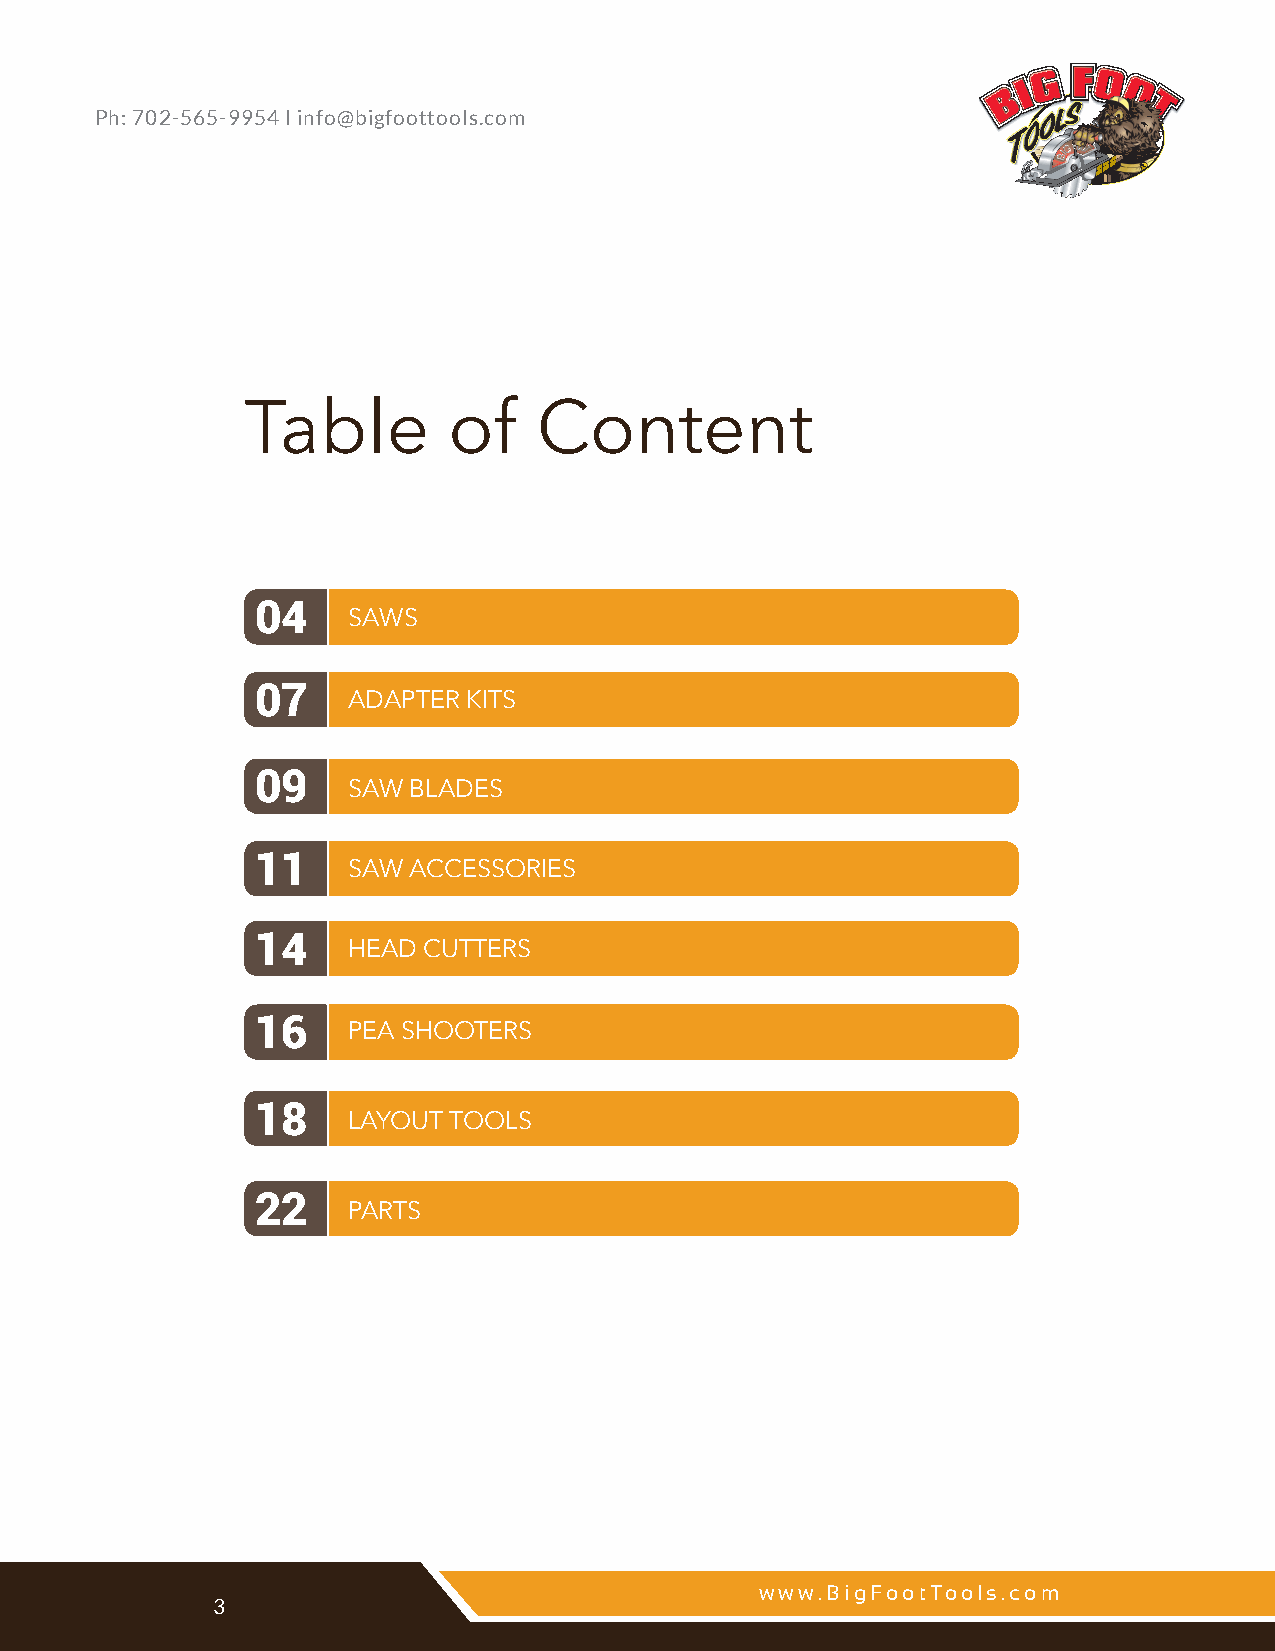
Ph: 702-565-9954 I info@bigfoottools.com
 Table         of    Content
 04
 SAWS
 07
 ADAPTER KITS
 09
 SAW BLADES
 11
 SAW ACCESSORIES
 14
 HEAD CUTTERS
 16    PEA SHOOTERS
 18
 LAYOUT TOOLS
 22
 PARTS
 www.BigFootTools.com                              www.BigFootTools.com
 2             3